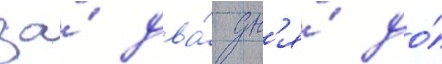
за́ два́ дн'я́ до́